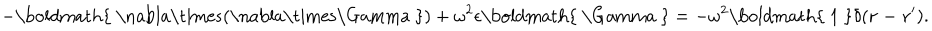
- \mathrm { \boldmath { ~ \nabla \times ( \nabla \times \Gamma ~ } } ) + \omega ^ { 2 } \epsilon \mathrm { \boldmath { ~ \Gamma ~ } } = - \omega ^ { 2 } \mathrm { \boldmath { ~ 1 ~ } } \delta ( { \bf r - r ^ { \prime } } ) .